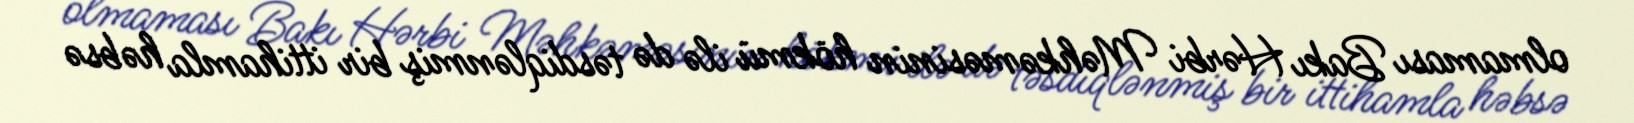
olmaması Bakı Hərbi Məhkəməsinin hökmü ilə də təsdiqlənmiş bir ittihamla həbsə